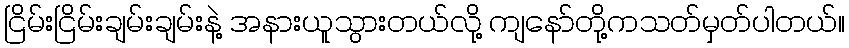
ငြိမ်းငြိမ်းချမ်းချမ်းနဲ့ အနားယူသွားတယ်လို့ ကျနော်တို့ကသတ်မှတ်ပါတယ်။